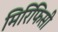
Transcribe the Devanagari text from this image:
मिरिफिसी